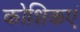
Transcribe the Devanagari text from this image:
कोशिकएं